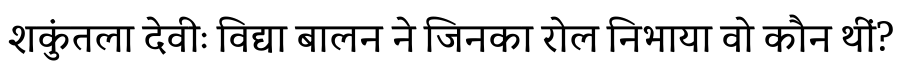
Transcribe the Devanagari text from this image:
शकुंतला देवीः विद्या बालन ने जिनका रोल निभाया वो कौन थीं?